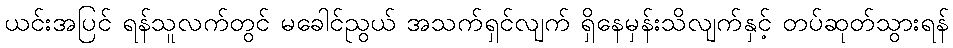
ယင်းအပြင် ရန်သူလက်တွင် မခေါင်ညွယ် အသက်ရှင်လျက် ရှိနေမှန်းသိလျက်နှင့် တပ်ဆုတ်သွားရန်